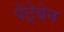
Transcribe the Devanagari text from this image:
पेंट्रेबेन